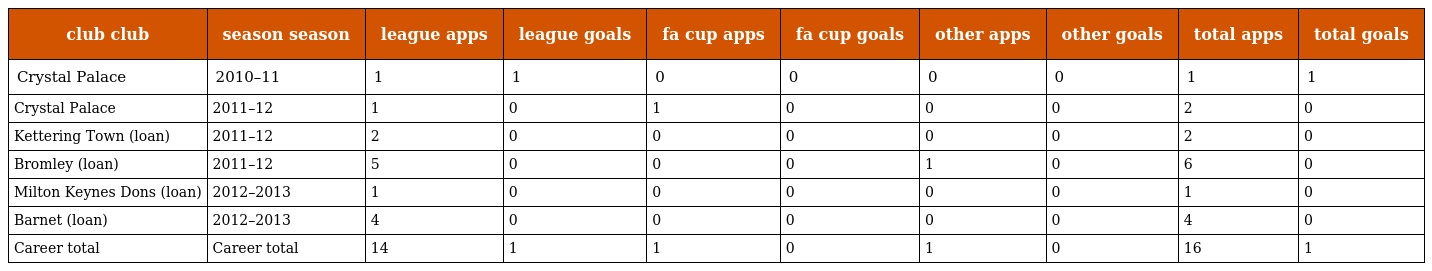
| club club | season season | league apps | league goals | fa cup apps | fa cup goals | other apps | other goals | total apps | total goals |
 | --- | --- | --- | --- | --- | --- | --- | --- | --- | --- |
 | Crystal Palace | 2010–11 | 1 | 1 | 0 | 0 | 0 | 0 | 1 | 1 |
 | Crystal Palace | 2011–12 | 1 | 0 | 1 | 0 | 0 | 0 | 2 | 0 |
 | Kettering Town (loan) | 2011–12 | 2 | 0 | 0 | 0 | 0 | 0 | 2 | 0 |
 | Bromley (loan) | 2011–12 | 5 | 0 | 0 | 0 | 1 | 0 | 6 | 0 |
 | Milton Keynes Dons (loan) | 2012–2013 | 1 | 0 | 0 | 0 | 0 | 0 | 1 | 0 |
 | Barnet (loan) | 2012–2013 | 4 | 0 | 0 | 0 | 0 | 0 | 4 | 0 |
 | Career total | Career total | 14 | 1 | 1 | 0 | 1 | 0 | 16 | 1 |